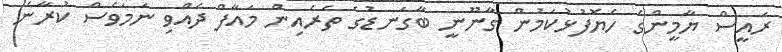
ރައީސް ޔާމީންގެ ހެޔޮފުޅުކަމުން ގާނޫނީ ބާގަނޑުގެ ތެރެއިން މައާފް ދެއްވި ނަމަވެސް ކުރާނެ